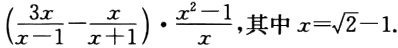
$\left(\dfrac{3x}{x - 1} - \dfrac{x}{x + 1}\right)\cdot\dfrac{x^{2} - 1}{x},其中x = \sqrt{2} - 1.$